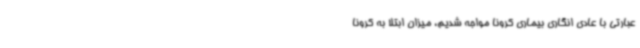
عبارتی با عادی انگاری بیماری کرونا مواجه شدیم، میزان ابتلا به کرونا